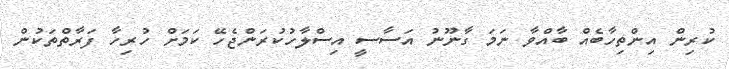
ކުރިން އިންތިހާބެއް ބާއްވާ ނަމަ ގާނޫނު އަސާސީ އިސްލާހުކުރަންޖެހޭ ކަމަށް ހުރިހާ ފަރާތްތަކުން